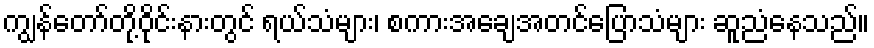
ကျွန်တော်တို့ဝိုင်းနားတွင် ရယ်သံများ၊ စကားအချေအတင်ပြောသံများ ဆူညံနေသည်။